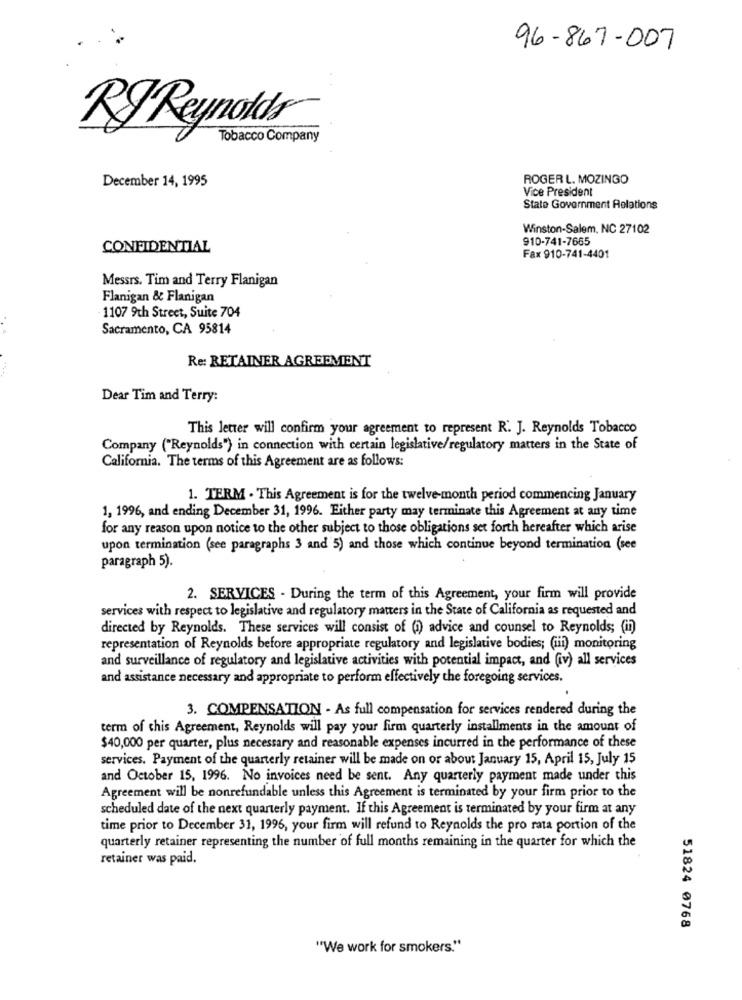
96-867-007
RJ Reynolds
Tobacco Company
December 14, 1995
ROGER L. MOZINGO
Vice President
State Government Relations
Winston-Salem, NC 27102
910-741-7665
CONFIDENTIAL
Fax 910-741-4401
Messrs. Tim and Terry Flanigan
Flanigan & Flanigan
1107 9th Street, Suite 704
Sacramento, CA 95814
Re: RETAINER AGREEMENT
Dear Tim and Terry:
This letter will confirm your agreement to represent R. J. Reynolds Tobacco
Company ("Reynolds") in connection with certain legislative/regulatory matters in the State of
California. The terms of this Agreement are as follows:
1. TERM . This Agreement is for the twelve-month period commencing January
1, 1996, and ending December 31, 1996. Either party may terminate this Agreement at any time
for any reason upon notice to the other subject to those obligations set forth hereafter which arise
upon termination (see paragraphs 3 and 5) and those which continue beyond termination (see
paragraph 5).
2. SERVICES - During the term of this Agreement, your firm will provide
services with respect to legislative and regulatory matters in the State of California as requested and
directed by Reynolds. These services will consist of (i) advice and counsel to Reynolds; (in)
representation of Reynolds before appropriate regulatory and legislative bodies; (iii) monitoring
and surveillance of regulatory and legislative activities with potential impact, and (iv) all services
and assistance necessary and appropriate to perform effectively the foregoing services.
3. COMPENSATION - As full compensation for services rendered during the
term of this Agreement, Reynolds will pay your firm quarterly installments in the amount of
$40,000 per quarter, plus necessary and reasonable expenses incurred in the performance of these
services. Payment of the quarterly retainer will be made on or about January 15, April 15, July 15
and October 15, 1996. No invoices need be sent. Any quarterly payment made under this
Agreement will be nonrefundable unless this Agreement is terminated by your firm prior to the
scheduled date of the next quarterly payment. If this Agreement is terminated by your firm at any
time prior to December 31, 1996, your firm will refund to Reynolds the pro rata portion of the
quarterly retainer representing the number of full months remaining in the quarter for which the
retainer was paid.
51824 0768
"We work for smokers."